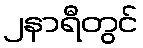
၂နာရီတွင်